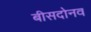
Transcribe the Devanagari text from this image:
बीसदोनव